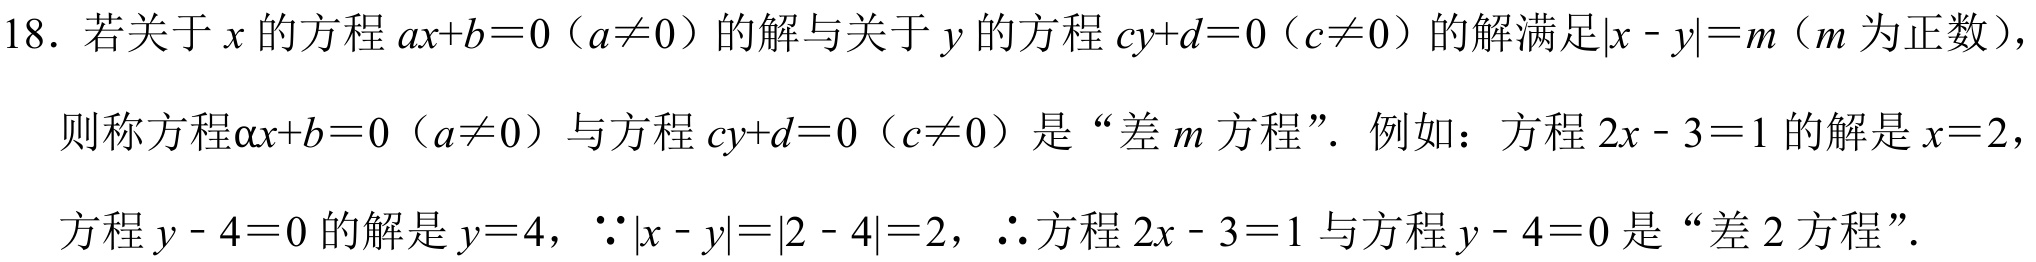
18. 若关于\(x\)的方程\(ax + b = 0\)（\(a\neq0\)）的解与关于\(y\)的方程\(cy + d = 0\)（\(c\neq0\)）的解满足\(\vert x - y\vert = m\)（\(m\)为正数），
则称方程\(ax + b = 0\)（\(a\neq0\)）与方程\(cy + d = 0\)（\(c\neq0\)）是 “差\(m\)方程”. 例如：方程\(2x - 3 = 1\)的解是\(x = 2\)，
方程\(y - 4 = 0\)的解是\(y = 4\)，\(\because\vert x - y\vert=\vert2 - 4\vert = 2\)，\(\therefore\)方程\(2x - 3 = 1\)与方程\(y - 4 = 0\)是 “差\(2\)方程”.